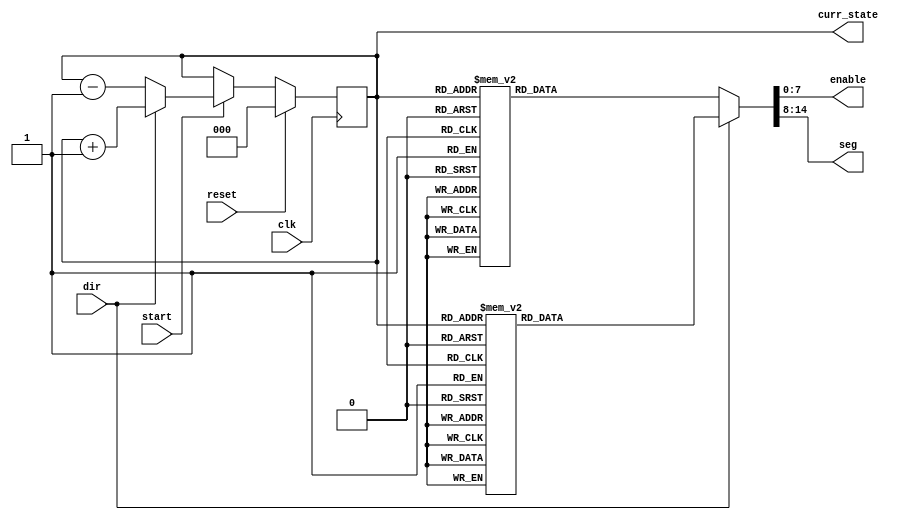
`timescale 1ns / 1ps
//////////////////////////////////////////////////////////////////////////////////
// Company: 
// Engineer: 
// 
// Design Name: 
// Module Name: rotate
// Project Name: 
// Target Devices: 
// Tool Versions: 
// Description: 
// 
// Dependencies: 
// 
// Revision:
// Revision 0.01 - File Created
// Additional Comments:
// 
//////////////////////////////////////////////////////////////////////////////////


module rotate
    (
        input       clk,
        input       dir,
        input       start,
        input       reset,
        output      [2:0] curr_state,
        output reg  [7:0] enable,
        output reg  [6:0] seg
    );

    reg [2:0] state, next_state;
    assign curr_state = state;
    parameter [2:0] S0 = 0, // Segment - Top    Square 
                    S1 = 1, // Segment - Top    Square
                    S2 = 2, // Segment - Top    Square
                    S3 = 3, // Segment - Top    Square
                    S4 = 4, // Segment - Bottom Square
                    S5 = 5, // Segment - Bottom Square
                    S6 = 6, // Segment - Bottom Square
                    S7 = 7; // Segment - Bottom Square

    always @(posedge clk) begin // Update state 
        if (reset)
            state <= S0;
        else if (start)
            state <= next_state;
    end

    always @(*) begin                   // Moore machine and outputs
        if (dir) begin                  // If direction is '1' 
            next_state = state + 1'b1;  // --> increment state by 1
            case (state)
                3'b000 : begin enable <= ~(8'h08); seg <= (~7'h63); end //  TOP   
                3'b001 : begin enable <= ~(8'h04); seg <= (~7'h63); end //  TOP
                3'b010 : begin enable <= ~(8'h02); seg <= (~7'h63); end //  TOP
                3'b011 : begin enable <= ~(8'h01); seg <= (~7'h63); end //  TOP
                3'b100 : begin enable <= ~(8'h01); seg <= (~7'h5c); end //  BOTTOM  
                3'b101 : begin enable <= ~(8'h02); seg <= (~7'h5c); end //  BOTTOM  
                3'b110 : begin enable <= ~(8'h04); seg <= (~7'h5c); end //  BOTTOM  
                3'b111 : begin enable <= ~(8'h08); seg <= (~7'h5c); end //  BOTTOM  
                default: begin enable <= ~(8'h08); seg <= (~7'h63); end  
            endcase                     
        end else begin                  // If direction is '1'     
            next_state = state - 1'b1;  // --> decrement state by 1
            case (state)
                3'b000 : begin enable <= ~(8'h08); seg <= (~7'h63); end //  TOP   
                3'b001 : begin enable <= ~(8'h04); seg <= (~7'h63); end //  TOP
                3'b010 : begin enable <= ~(8'h02); seg <= (~7'h63); end //  TOP
                3'b011 : begin enable <= ~(8'h01); seg <= (~7'h63); end //  TOP
                3'b100 : begin enable <= ~(8'h01); seg <= (~7'h5c); end //  BOTTOM  
                3'b101 : begin enable <= ~(8'h02); seg <= (~7'h5c); end //  BOTTOM  
                3'b110 : begin enable <= ~(8'h04); seg <= (~7'h5c); end //  BOTTOM  
                3'b111 : begin enable <= ~(8'h08); seg <= (~7'h5c); end //  BOTTOM  
                default: begin enable <= ~(8'h08); seg <= (~7'h63); end  
            endcase
        end
    end

endmodule